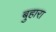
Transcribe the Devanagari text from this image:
बुहारा